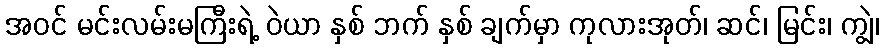
အဝင် မင်းလမ်းမကြီးရဲ့ ဝဲယာ နှစ် ဘက် နှစ် ချက်မှာ ကုလားအုတ်၊ ဆင်၊ မြင်း၊ ကျွဲ၊